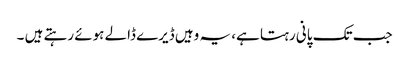
جب تک پانی رہتا ہے، یہ وہیں ڈیرے ڈالے ہوئے رہتے ہیں ۔